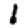
Digit: 1